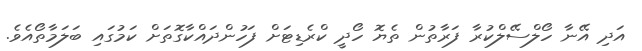
އަދި އޭނާ ހޯލްސޭލްކުރާ ފަރާތުން ތެޔޮ ހޯދީ ކްރެޑިޓަށް ފަހުންދައްކާގޮތަށް ކަމުގައި ބަލަމާތޯއެވެ.